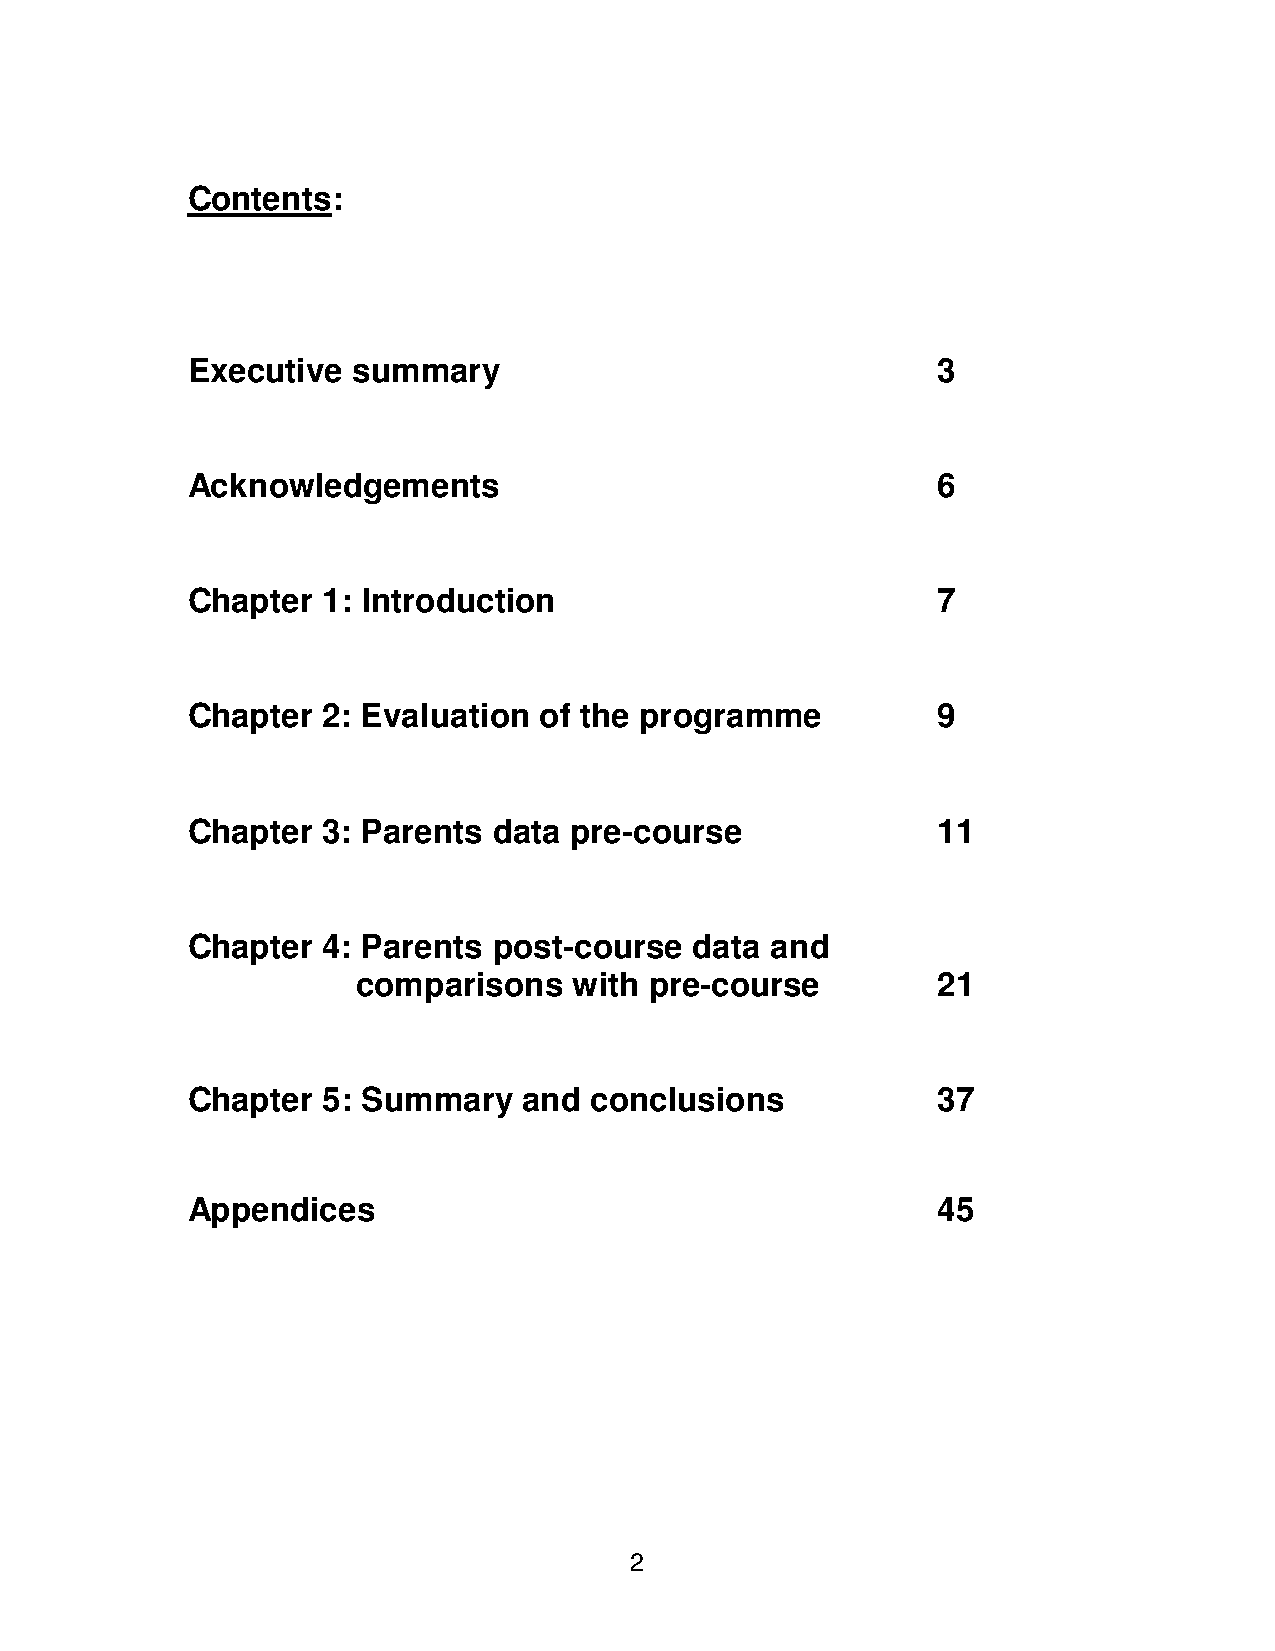
Contents:
 Executive  summary                                3
 Acknowledgements                                  6
 Chapter  1: Introduction                          7
 Chapter  2: Evaluation  of the programme          9
 Chapter  3: Parents  data pre-course              11
 Chapter  4: Parents  post-course  data and
 comparisons   with pre-course         21
 Chapter  5: Summary    and conclusions            37
 Appendices                                        45
 2